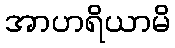
အာဟရိယာမိ